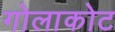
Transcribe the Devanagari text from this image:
गोलाकोट